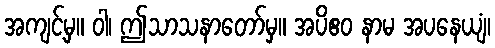
အကျင့်မှ။ ဝါ၊ ဤသာသနာတော်မှ။ အပိဧဝ နာမ အပနေယျံ၊